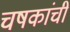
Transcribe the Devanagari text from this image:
चषकांची